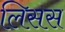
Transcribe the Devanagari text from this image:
लिसस